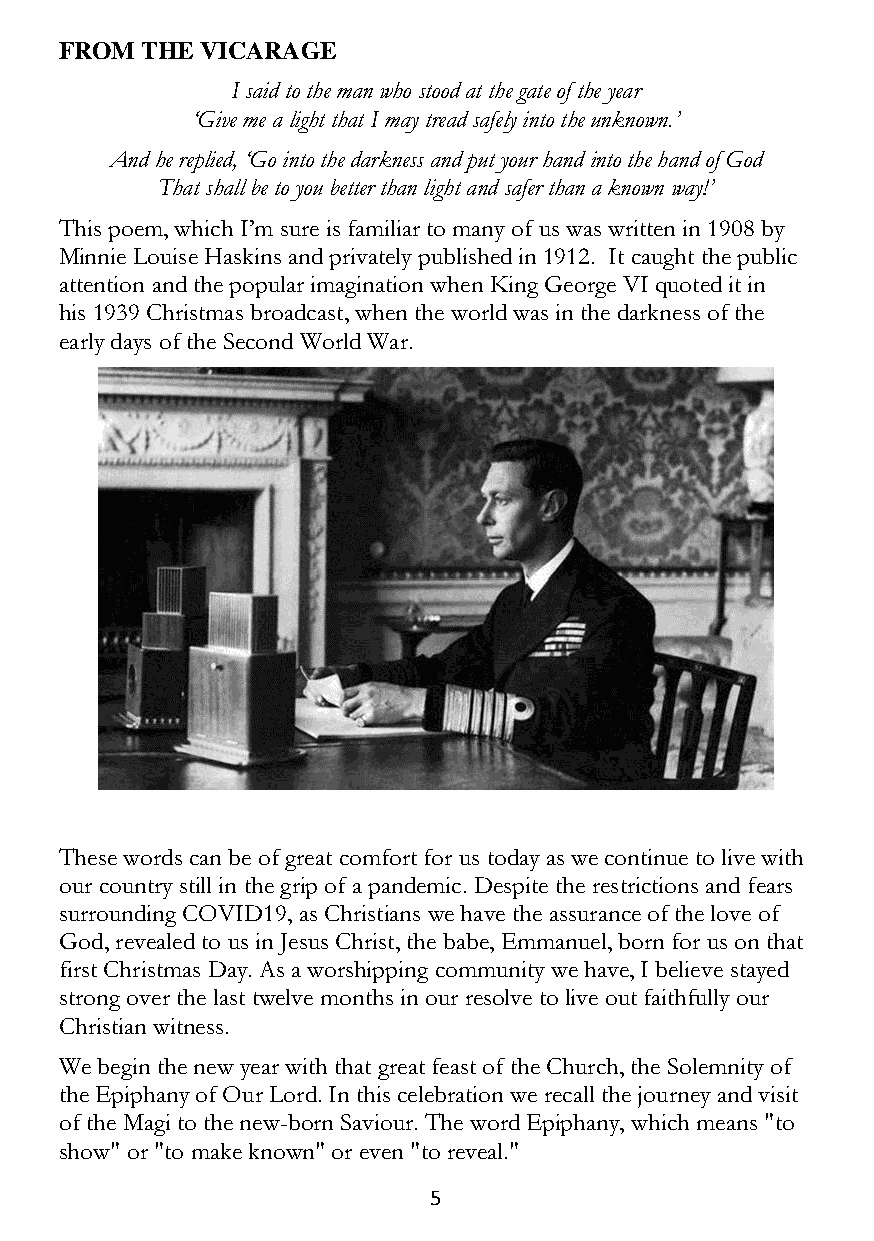
FROM THE VICARAGE
 I said to the man who stood at the gate of the year
 ‘Give me a light that I may tread safely into the unknown.’
 And he replied, ‘Go into the darkness and put your hand into the hand of God
 That shall be to you better than light and safer than a known way!’
 This poem, which I’m sure is familiar to many of us was written in 1908 by
 Minnie Louise Haskins and privately published in 1912. It caught the public
 attention and the popular imagination when King George VI quoted it in
 his 1939 Christmas broadcast, when the world was in the darkness of the
 early days of the Second World War.
 These words can be of great comfort for us today as we continue to live with
 our country still in the grip of a pandemic. Despite the restrictions and fears
 surrounding COVID19, as Christians we have the assurance of the love of
 God, revealed to us in Jesus Christ, the babe, Emmanuel, born for us on that
 first Christmas Day. As a worshipping community we have, I believe stayed
 strong over the last twelve months in our resolve to live out faithfully our
 Christian witness.
 We begin the new year with that great feast of the Church, the Solemnity of
 the Epiphany of Our Lord. In this celebration we recall the journey and visit
 of the Magi to the new-born Saviour. The word Epiphany, which means "to
 show" or "to make known" or even "to reveal."
 5